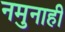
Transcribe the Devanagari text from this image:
नमुनाही